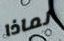
لماذا